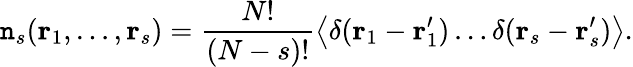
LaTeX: \mathtt{n}_{s}(\mathbf{{r}}_{1},\dots,\mathbf{{r}}_{s})={\frac{{N!}}{{(N-s)!}}}{\big\langle}\delta(\mathbf{{r}}_{1}-\mathbf{{r}}_{1}^{\prime})\dots\delta(\mathbf{{r}}_{s}-\mathbf{{r}}_{s}^{\prime}){\big\rangle}.